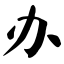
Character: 办